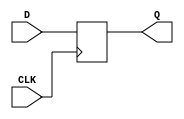
module d_latch (
    input D,
    input CLK,
    output reg Q
);

always @(posedge CLK)
begin
    Q <= D;
end

endmodule